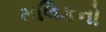
મલિકનો